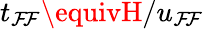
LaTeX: t_{\mathcal{F}\! \mathcal{F}}\equivH/u_{\mathcal{F}\! \mathcal{F}}